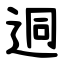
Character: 迵